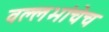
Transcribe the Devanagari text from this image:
वल्लभांचेच